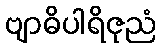
ဗျာဓိပါရိဇုညံ